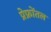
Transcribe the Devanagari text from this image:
प्रेफ्रोंतल